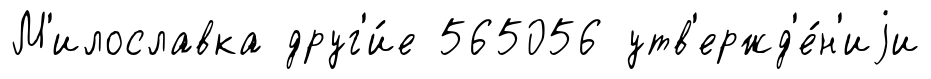
М'илославка друг'и́е 565056 утв'ержд'е́н'иjи